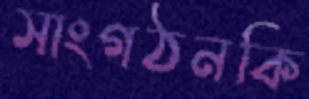
সাংগঠনকি